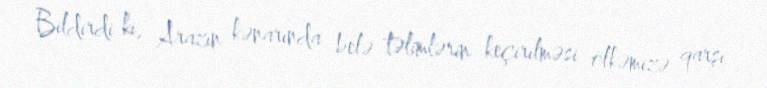
Bildirdi ki, Arazın kənarında belə təlimlərin keçirilməsi ölkəmizə qarşı